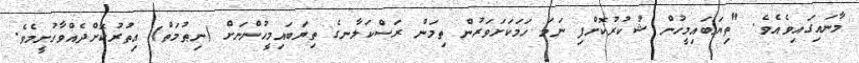
މާނައިގައިވެއެވެ. "ތިޔަބައިމީހުން ޝުކުރުކޮށްފި ނަމަ ހަމަކަށަވަރުން ތިމަން ރަސްކަލާނގެ ތިޔަބައިމީހުންނަށް (ނިޠުމަތް) އިތުރުކޮށްދެއްވާހުށީމެވެ.